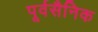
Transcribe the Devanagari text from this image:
पूर्वसैनिक